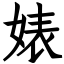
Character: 婊